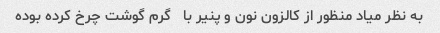
به نظر میاد منظور از کالزون نون و پنیر با   گرم گوشت چرخ کرده بوده